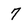
Character: 7